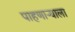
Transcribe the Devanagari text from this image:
पाहणाऱ्याला